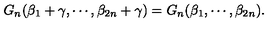
G _ { n } ( \beta _ { 1 } + \gamma , \cdots , \beta _ { 2 n } + \gamma ) = G _ { n } ( \beta _ { 1 } , \cdots , \beta _ { 2 n } ) .